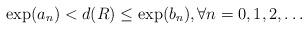
LaTeX: \begin{align*} \exp(a_n) < d(R) \leq \exp(b_n), \forall n = 0,1,2,\ldots\end{align*}